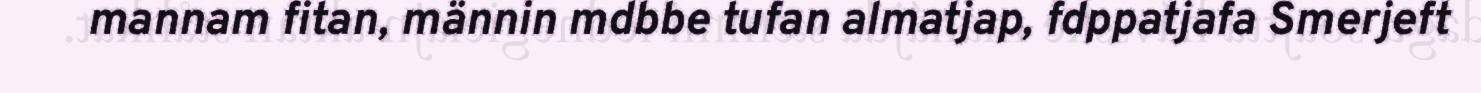
mannam fitan, männin mdbbe tufan almatjap, fdppatjafa Smerjeft